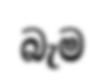
බැම